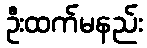
ဦးထက်မနည်း